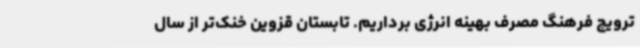
ترویج فرهنگ مصرف بهینه انرژی برداریم. تابستان قزوین خنک‌تر از سال